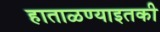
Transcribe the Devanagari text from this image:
हाताळण्याइतकी